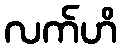
လက်ဟိ